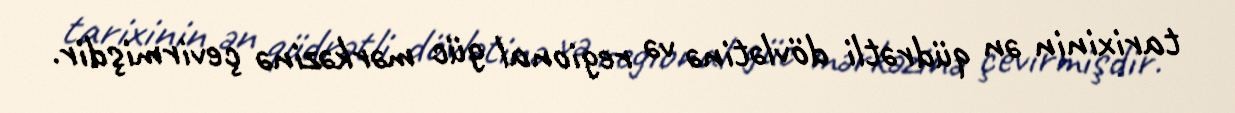
tarixinin ən qüdrətli dövlətinə və regional güc mərkəzinə çevirmişdir.